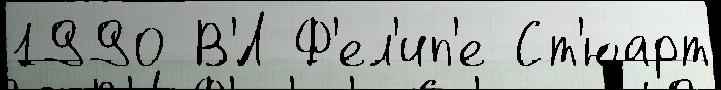
1990 В'́Л Ф'ел'ип'е Ст'юарт